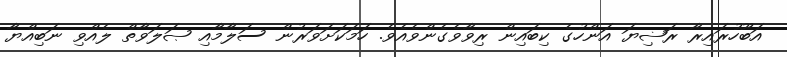
އަބޫހުރައިރާ ރަޟިޔަ އަންހުގެ ކިބައިން ރިވާވެގެންވެއެވެ. ހަމަކަށަވަރުން ސަލާމާއި ޞަލަވާތް ލެއްވި ނަބިއްޔާ